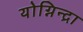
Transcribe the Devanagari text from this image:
योग्निन्द्रा